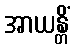
အာယန္တိံ